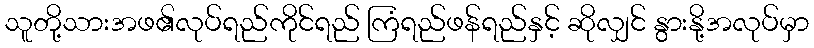
သူတို့သားအဖ၏လုပ်ရည်ကိုင်ရည် ကြံရည်ဖန်ရည်နှင့် ဆိုလျှင် နွားနို့အလုပ်မှာ